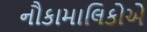
નૌકામાલિકોએ